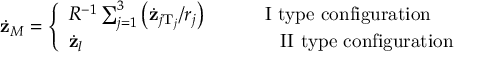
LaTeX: \dot { \bf z } _ { M } = \left\{ \begin{array} { l l } { { { \cal R } ^ { - 1 } \sum _ { j = 1 } ^ { 3 } \left( \dot { \bf z } _ { j \mathrm { T } _ { j } } / r _ { j } \right) \qquad \quad \mathrm { I ~ t y p e ~ c o n f i g u r a t i o n } } } & { { } } \\ { { \dot { \bf z } _ { l } \qquad \qquad \qquad \qquad \qquad \mathrm { ~ I I ~ t y p e ~ c o n f i g u r a t i o n } } } \end{array} \right.